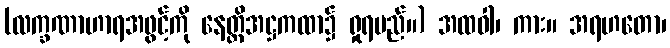
(လက္ခဏာဟာရအဖွင့်ကို နေတ္တိအဋ္ဌကထာ၌ ရှုရမည်။) အထဝါ၊ ကား။ အရဟတော၊